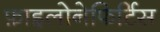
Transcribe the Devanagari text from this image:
फ़ाइलोनेफिर्टिस